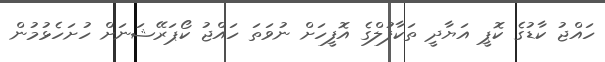
ހައްޖު ކާޑުގެ ކޮޕީ އަޔާދީ ތަކާފުލްގެ އޮފީހަށް ނުވަތަ ހައްޖު ކޯޕަރޭޝަނަށް ހުށަހެޅުމުން